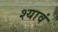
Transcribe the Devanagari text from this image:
श्यावं